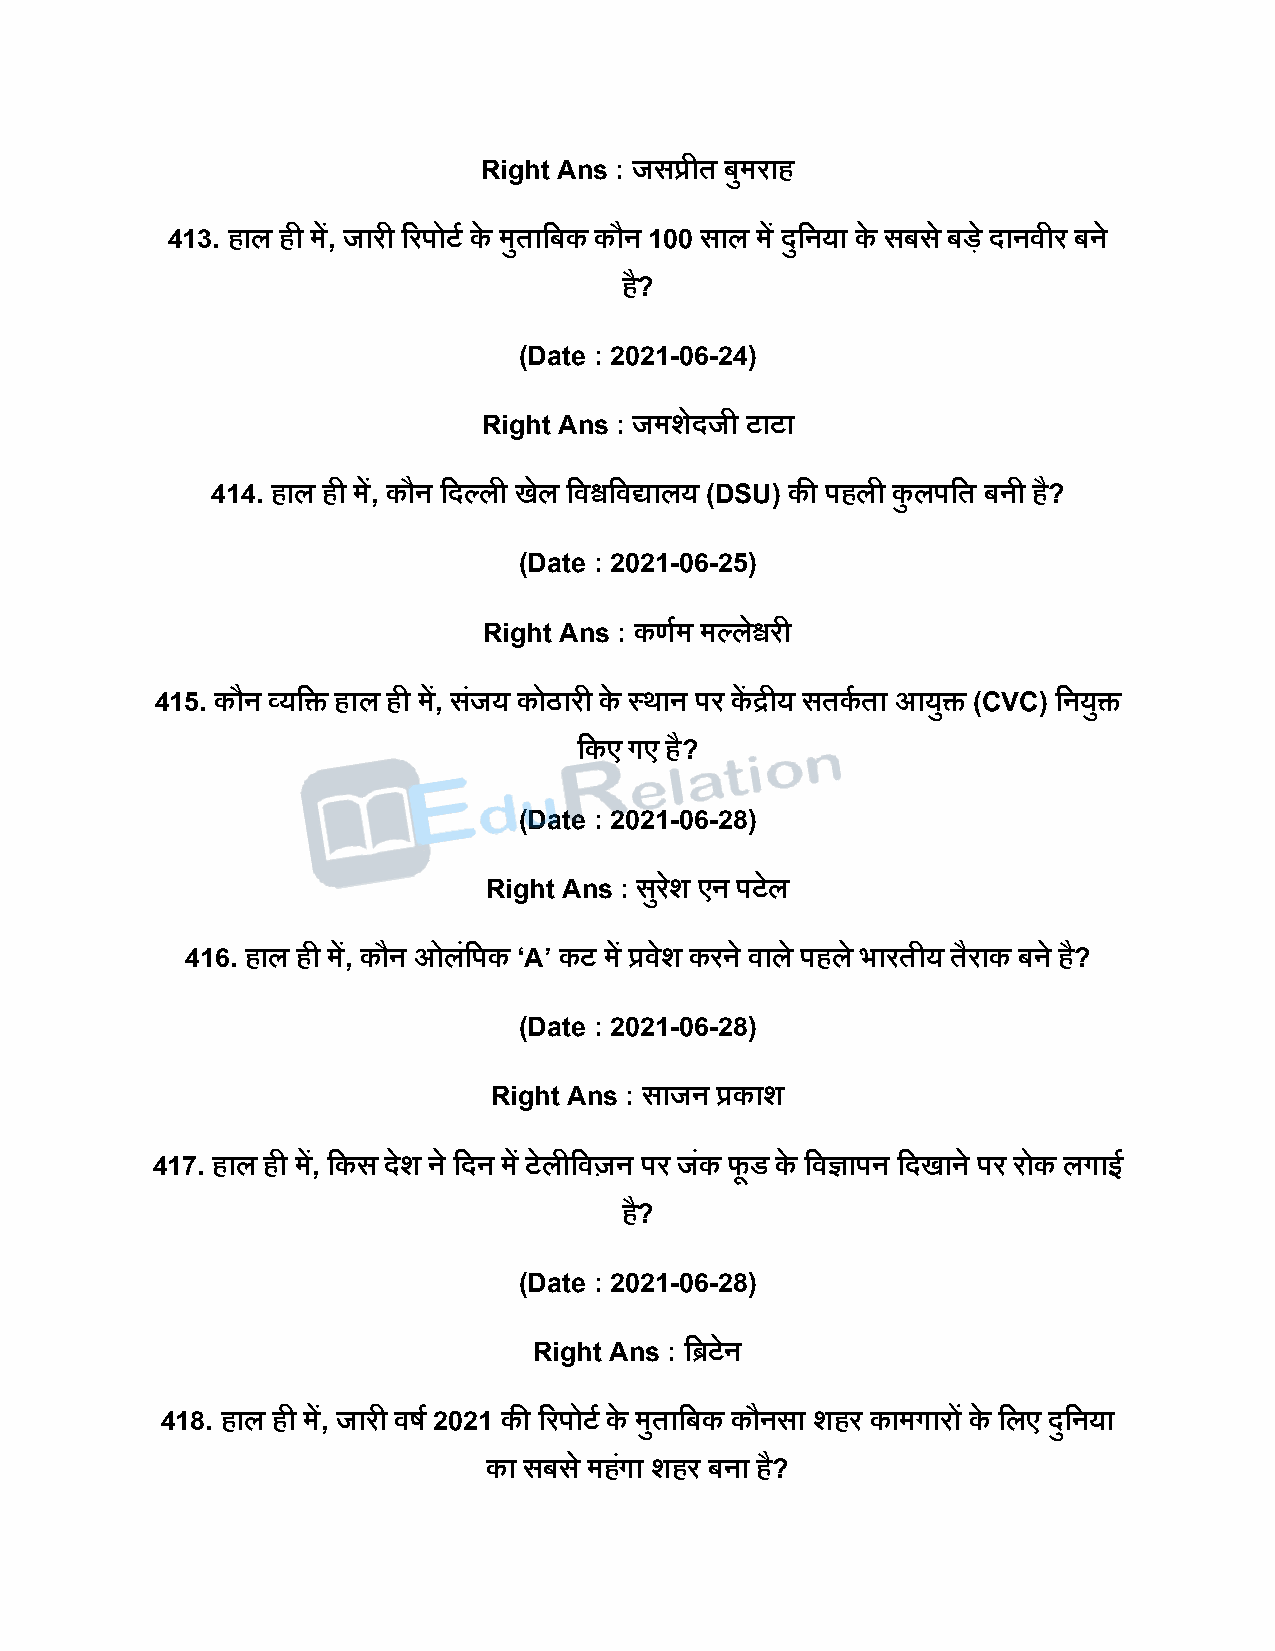
Right Ans : जसप्रीत बुमराह
 413. हाल ही में, जारी ररिोटष के मुतादबक कौन 100 साल में िुदनया के सबस े बिे िानवीर बने
 है?
 (Date : 2021-06-24)
 Right Ans : जमशेिजी टाटा
 414. हाल ही में, कौन दिल्ली खेल दवश्वदवद्यालय (DSU) की िहली कु लिदत बनी है?
 (Date : 2021-06-25)
 Right Ans : कणषम मल्लेश्वरी
 415. कौन व्यदि हाल ही में, सजं य कोठारी के स्थान िर कें द्रीय सतकष ता आयुि (CVC) दनयुि
 दकए गए है?
 (Date : 2021-06-28)
 Right Ans : सरु शे एन िटेल
 416. हाल ही में, कौन ओलंदिक ‘A’ कट में प्रवेश करने वाले िहले भारतीय तैराक बने है?
 (Date : 2021-06-28)
 Right Ans : साजन प्रकाश
 417. हाल ही में, दकस िेश ने दिन में टेलीदवर्जन िर जंक फू ड के दवज्ञािन दिखाने िर रोक लगाई
 है?
 (Date : 2021-06-28)
 Right Ans : दिटेन
 418. हाल ही में, जारी वर्ष 2021 की ररिोटष के मुतादबक कौनसा शहर कामगारों के दलए िुदनया
 का सबस े महगं ा शहर बना है?